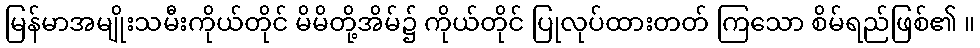
မြန်မာအမျိုးသမီးကိုယ်တိုင် မိမိတို့အိမ်၌ ကိုယ်တိုင် ပြုလုပ်ထားတတ် ကြသော စိမ်ရည်ဖြစ်၏ ။